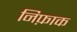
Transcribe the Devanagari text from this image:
निफ़ाक